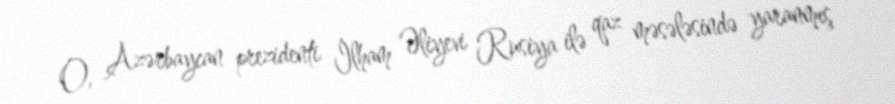
O, Azərbaycan prezidenti İlham Əliyevi Rusiya ilə qaz məsələsində yaranmış